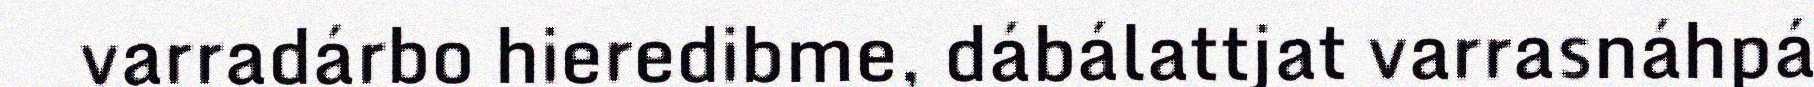
varradárbo hieredibme, dábálattjat varrasnáhpá